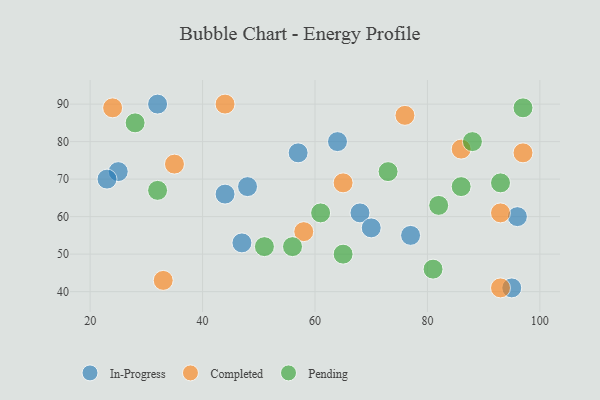
{"axis": {"x": "GDP", "y": "Life Expectancy"}, "legend": ["Completed", "In-Progress", "Pending"], "data": [{"x": "44", "y": 66, "type": "In-Progress"}, {"x": "77", "y": 55, "type": "In-Progress"}, {"x": "68", "y": 61, "type": "In-Progress"}, {"x": "64", "y": 80, "type": "In-Progress"}, {"x": "25", "y": 72, "type": "In-Progress"}, {"x": "23", "y": 70, "type": "In-Progress"}, {"x": "70", "y": 57, "type": "In-Progress"}, {"x": "96", "y": 60, "type": "In-Progress"}, {"x": "48", "y": 68, "type": "In-Progress"}, {"x": "57", "y": 77, "type": "In-Progress"}, {"x": "95", "y": 41, "type": "In-Progress"}, {"x": "32", "y": 90, "type": "In-Progress"}, {"x": "47", "y": 53, "type": "In-Progress"}, {"x": "76", "y": 87, "type": "Completed"}, {"x": "24", "y": 89, "type": "Completed"}, {"x": "65", "y": 69, "type": "Completed"}, {"x": "58", "y": 56, "type": "Completed"}, {"x": "93", "y": 41, "type": "Completed"}, {"x": "44", "y": 90, "type": "Completed"}, {"x": "97", "y": 77, "type": "Completed"}, {"x": "86", "y": 78, "type": "Completed"}, {"x": "35", "y": 74, "type": "Completed"}, {"x": "93", "y": 61, "type": "Completed"}, {"x": "33", "y": 43, "type": "Completed"}, {"x": "56", "y": 52, "type": "Pending"}, {"x": "61", "y": 61, "type": "Pending"}, {"x": "88", "y": 80, "type": "Pending"}, {"x": "32", "y": 67, "type": "Pending"}, {"x": "73", "y": 72, "type": "Pending"}, {"x": "86", "y": 68, "type": "Pending"}, {"x": "28", "y": 85, "type": "Pending"}, {"x": "65", "y": 50, "type": "Pending"}, {"x": "81", "y": 46, "type": "Pending"}, {"x": "93", "y": 69, "type": "Pending"}, {"x": "97", "y": 89, "type": "Pending"}, {"x": "82", "y": 63, "type": "Pending"}, {"x": "51", "y": 52, "type": "Pending"}]}